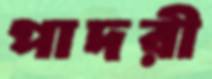
পাদরী